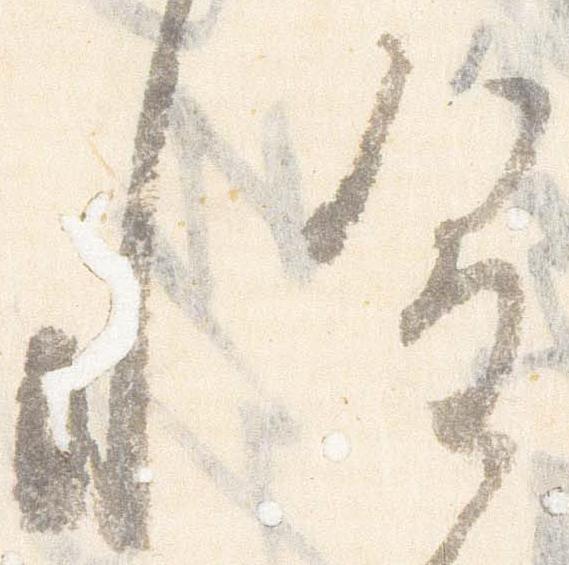
惶